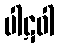
ပါဋဝါ